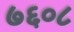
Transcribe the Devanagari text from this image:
७६०८